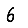
Digit: 6